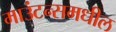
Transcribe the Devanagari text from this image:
माउंटन्समधील